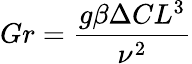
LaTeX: Gr={\frac{g\beta\Delta CL^{3}}{\nu^{2}}}